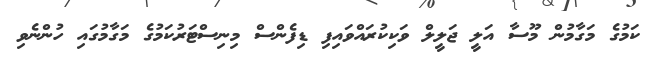
ކަމުގެ މަގާމުން މޫސާ އަލީ ޖަލީލް ވަކިކުރައްވައިފި ޑިފެންސް މިނިސްޓަރުކަމުގެ މަގާމުގައި ހުންނެވި